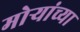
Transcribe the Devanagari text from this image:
मोर्‍यांच्या